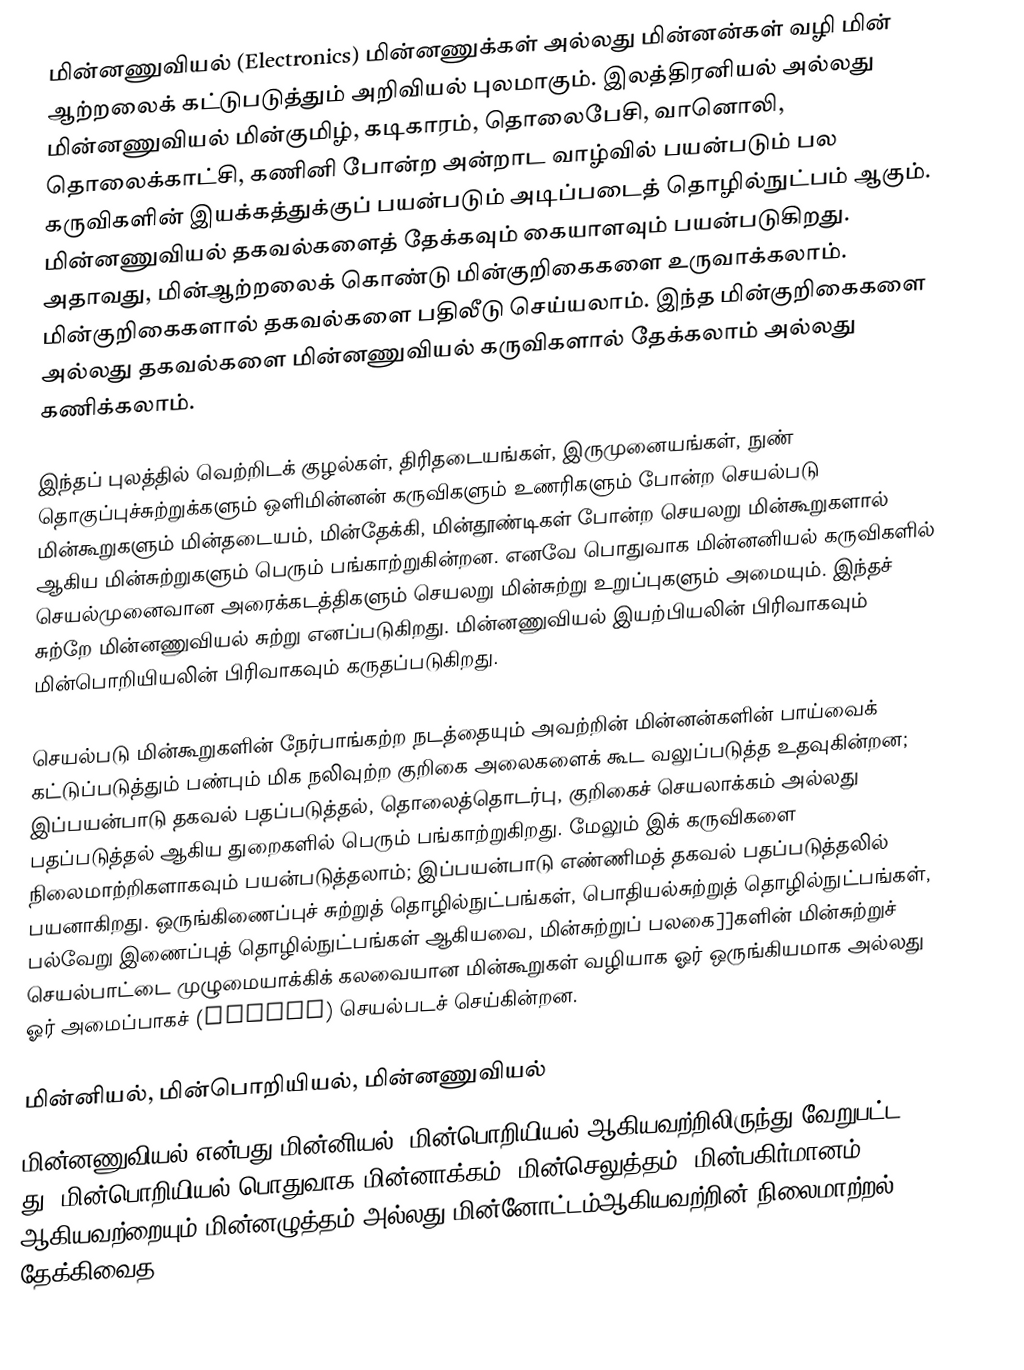
மின்னணுவியல் (Electronics) மின்னணுக்கள் அல்லது மின்னன்கள் வழி மின் ஆற்றலைக் கட்டுபடுத்தும் அறிவியல் புலமாகும். இலத்திரனியல் அல்லது மின்னணுவியல் மின்குமிழ், கடிகாரம், தொலைபேசி, வானொலி, தொலைக்காட்சி, கணினி போன்ற அன்றாட வாழ்வில் பயன்படும் பல கருவிகளின் இயக்கத்துக்குப் பயன்படும் அடிப்படைத் தொழில்நுட்பம் ஆகும். மின்னணுவியல் தகவல்களைத் தேக்கவும் கையாளவும்  பயன்படுகிறது. அதாவது, மின்ஆற்றலைக் கொண்டு மின்குறிகைகளை உருவாக்கலாம். மின்குறிகைகளால்  தகவல்களை பதிலீடு செய்யலாம். இந்த மின்குறிகைகளை அல்லது தகவல்களை மின்னணுவியல் கருவிகளால் தேக்கலாம் அல்லது கணிக்கலாம்.

இந்தப் புலத்தில் வெற்றிடக் குழல்கள், திரிதடையங்கள், இருமுனையங்கள்,  நுண் தொகுப்புச்சுற்றுக்களும் ஒளிமின்னன் கருவிகளும் உணரிகளும் போன்ற செயல்படு மின்கூறுகளும் மின்தடையம், மின்தேக்கி,  மின்தூண்டிகள் போன்ற செயலறு மின்கூறுகளால் ஆகிய மின்சுற்றுகளும் பெரும் பங்காற்றுகின்றன. எனவே பொதுவாக மின்னனியல் கருவிகளில் செயல்முனைவான அரைக்கடத்திகளும் செயலறு மின்சுற்று உறுப்புகளும் அமையும். இந்தச் சுற்றே மின்னணுவியல் சுற்று எனப்படுகிறது. மின்னணுவியல் இயற்பியலின் பிரிவாகவும் மின்பொறியியலின் பிரிவாகவும் கருதப்படுகிறது.

செயல்படு மின்கூறுகளின் நேர்பாங்கற்ற நடத்தையும் அவற்றின் மின்னன்களின் பாய்வைக்  கட்டுப்படுத்தும் பண்பும் மிக நலிவுற்ற குறிகை அலைகளைக் கூட வலுப்படுத்த உதவுகின்றன; இப்பயன்பாடு தகவல் பதப்படுத்தல், தொலைத்தொடர்பு, குறிகைச் செயலாக்கம் அல்லது பதப்படுத்தல் ஆகிய துறைகளில் பெரும் பங்காற்றுகிறது. மேலும் இக் கருவிகளை நிலைமாற்றிகளாகவும் பயன்படுத்தலாம்; இப்பயன்பாடு எண்ணிமத் தகவல் பதப்படுத்தலில் பயனாகிறது. ஒருங்கிணைப்புச் சுற்றுத் தொழில்நுட்பங்கள், பொதியல்சுற்றுத் தொழில்நுட்பங்கள், பல்வேறு இணைப்புத் தொழில்நுட்பங்கள் ஆகியவை, மின்சுற்றுப் பலகை]]களின் மின்சுற்றுச் செயல்பாட்டை முழுமையாக்கிக் கலவையான மின்கூறுகள் வழியாக ஓர் ஒருங்கியமாக  அல்லது ஓர் அமைப்பாகச் (System) செயல்படச் செய்கின்றன.

மின்னியல், மின்பொறியியல், மின்னணுவியல்
மின்னணுவியல் என்பது மின்னியல், மின்பொறியியல் ஆகியவற்றிலிருந்து வேறுபட்ட து;  மின்பொறியியல் பொதுவாக மின்னாக்கம், மின்செலுத்தம், மின்பகிர்மானம் ஆகியவற்றையும் மின்னழுத்தம் அல்லது மின்னோட்டம்ஆகியவற்றின்  நிலைமாற்றல், தேக்கிவைத